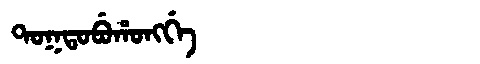
Manchu: ᡨᠣᡴᡨᠣᠪᡠᡥᠣᠩᡤᡝ
Romanization: TOKTOBUHONGGE